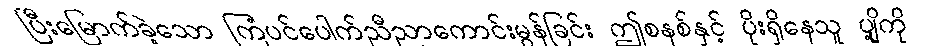
ပြီးမြောက်ခဲ့သော ကြံပင်ပေါက်ညီညာကောင်းမွန်ခြင်း ဤစနစ်နှင့် ပိုးရှိနေသူ ပျို့ကို